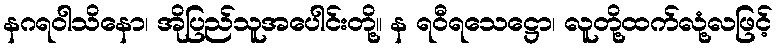
နဂရဝါသိနော၊ အိုပြည်သူအပေါင်းတို့။ န ရဝီရသေဋ္ဌော၊ လူတို့ထက်လုံ့လဖြင့်